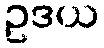
ဥဒယ